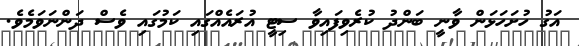
އަގު ހުށަހަޅަން ވާނީ ބަންދު ކުރެވިފައިވާ ސިޓީ އުރައެއްގައި ކަމުގައި ވެސް ދަންނަވަމެވެ.